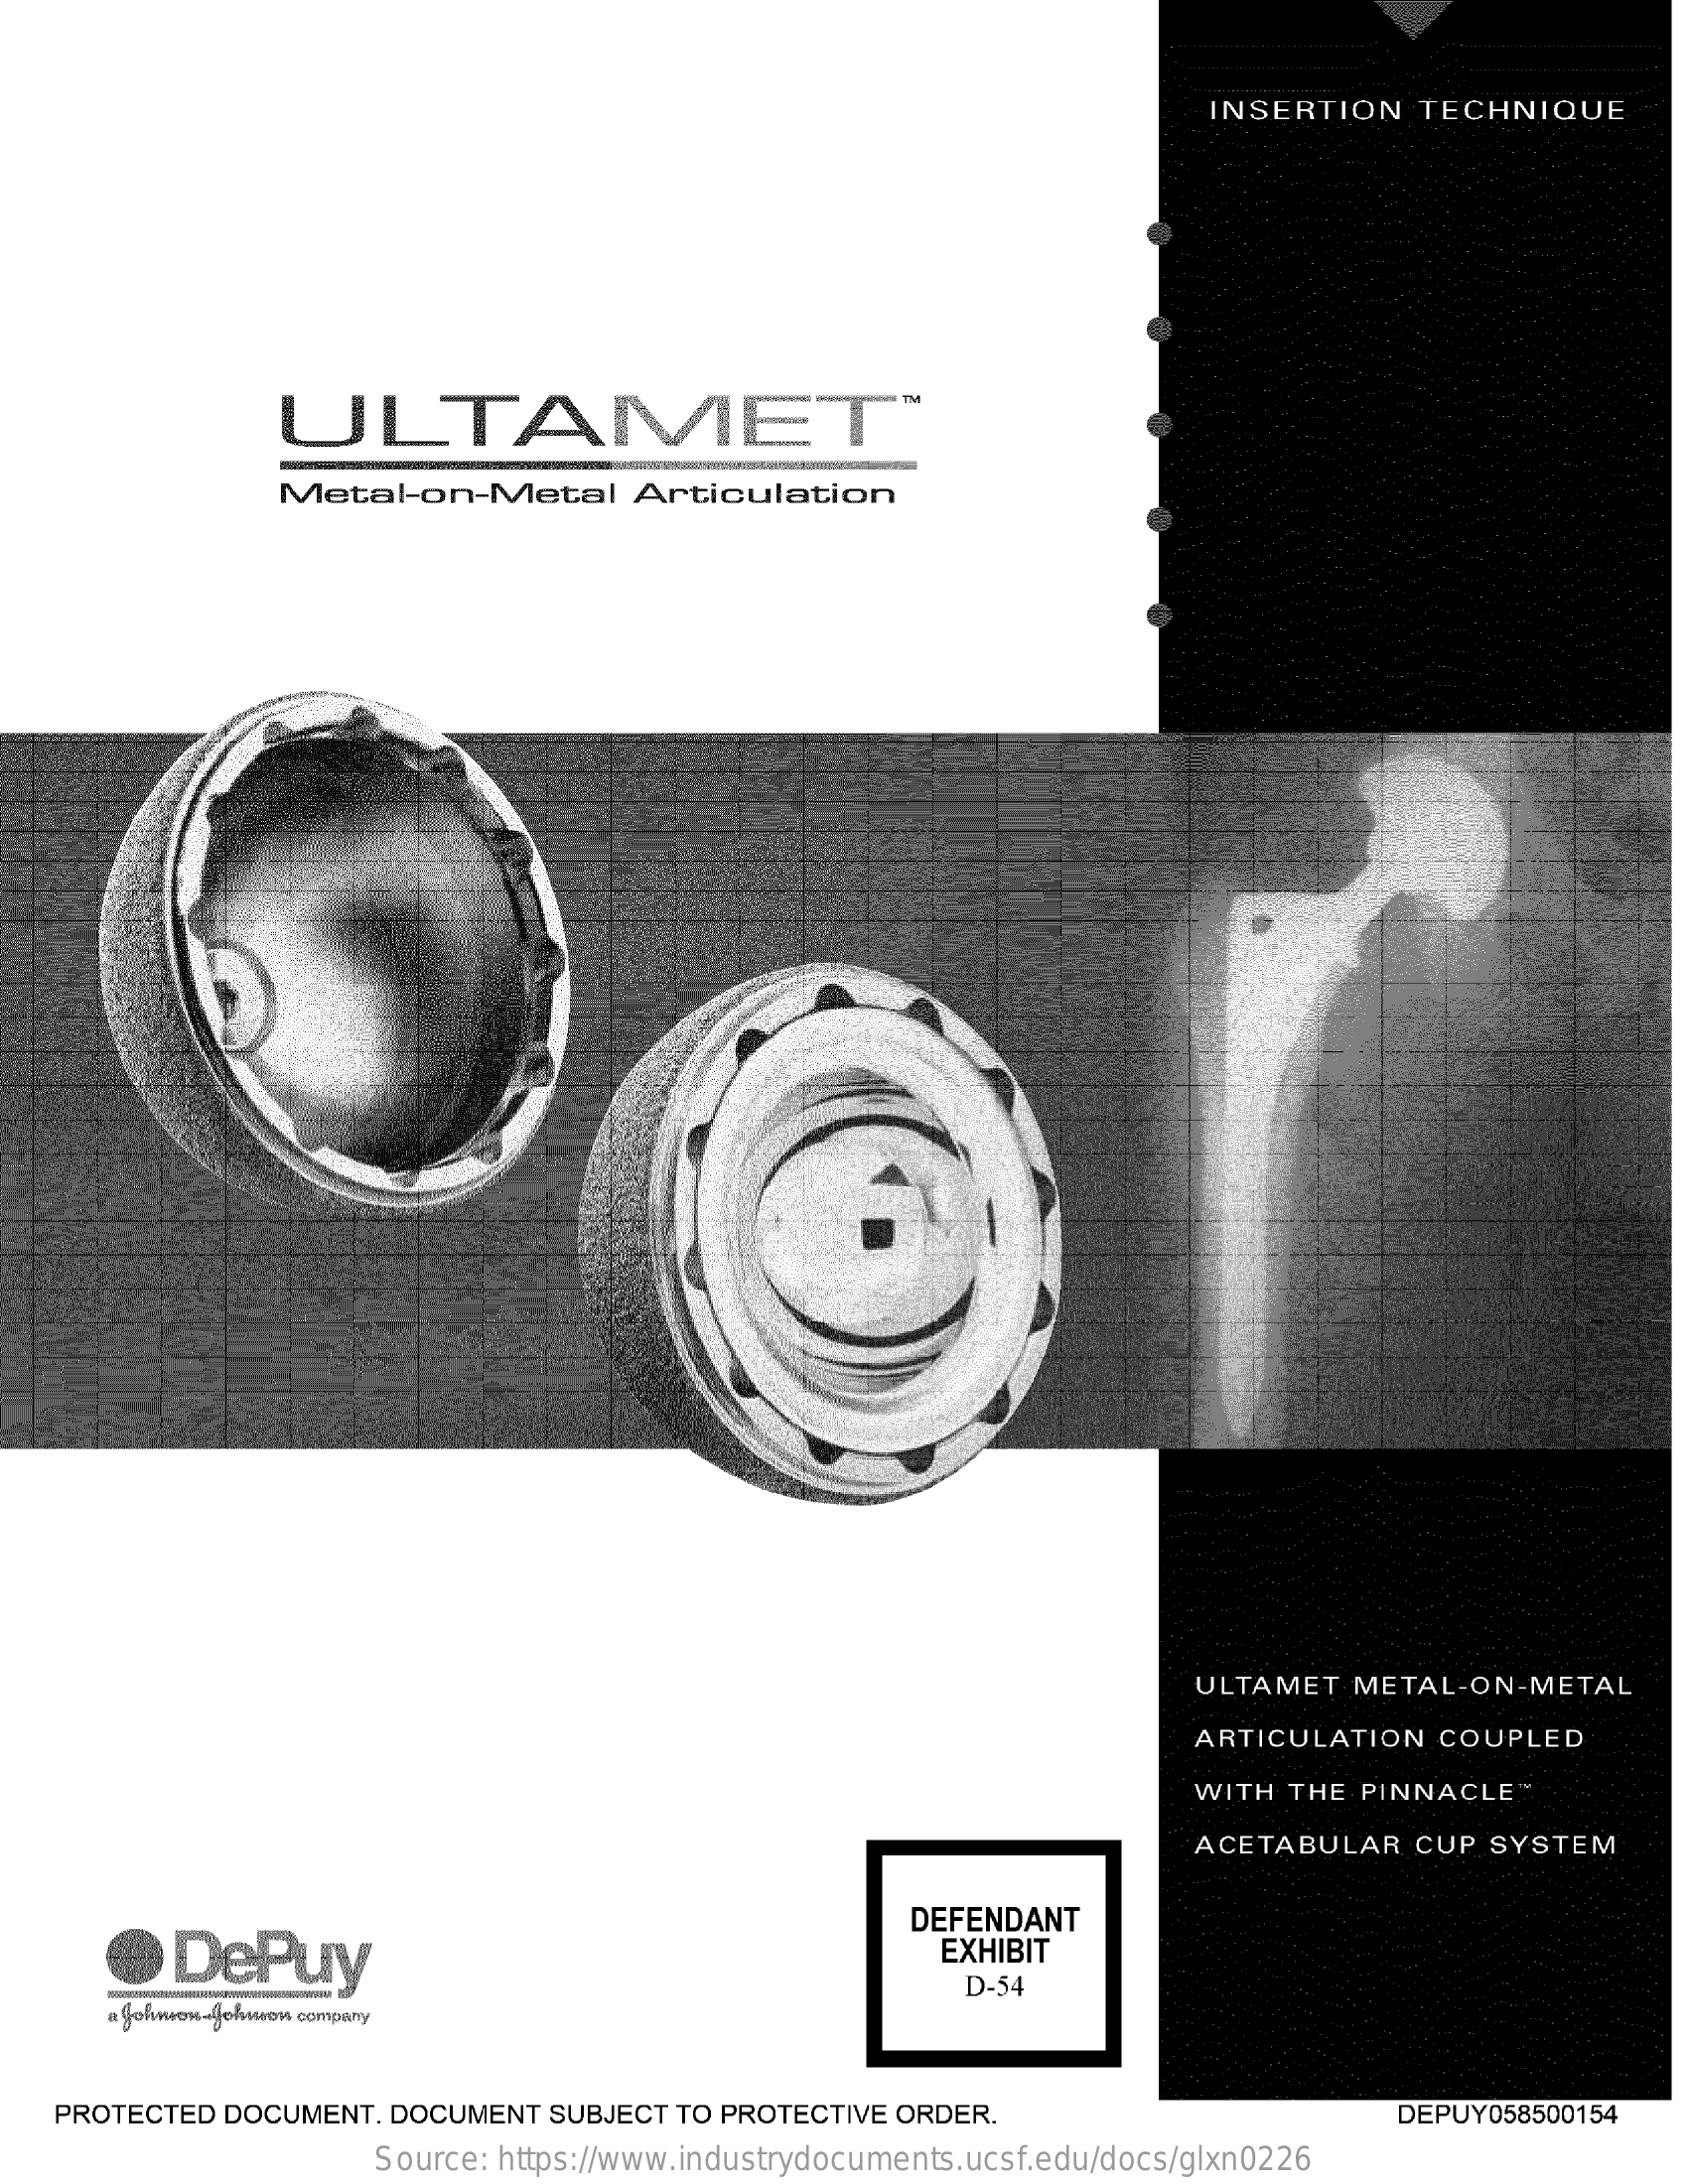
INSERTION TECHNIQUE
     ULTAMET"
     Metal-on-Metal Articulation
     ULTAMET METAL-ON-METAL
     ARTICULATION COUPLED
     WITH THE PINNACLE
     ACETABULAR CUP SYSTEM
     DePuy
     DEFENDANT
     EXHIBIT
     a Johnson-Johnwow company
     D-54
   PROTECTED DOCUMENT. DOCUMENT SUBJECT TO PROTECTIVE ORDER. DEPUY058500154
     Source: https://www.industrydocuments.ucsf.edu/docs/glxn0226